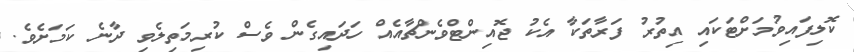
ކޮލިފައިވުމަށްޓަަކައި އިތުރު ފަރާތަކާ އެކު ޖޮއިންޓްވެންޗާއެއް ހަދައިގެން ވެސް ކުރިމަތިލެވި ދާނެ ކަމަށެވެ.